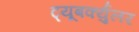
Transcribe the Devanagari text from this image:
ट्यूबर्क्युलर